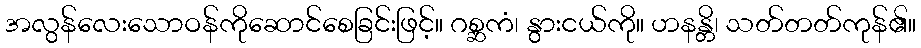
အလွန်လေးသောဝန်ကိုဆောင်စေခြင်းဖြင့်။ ဂစ္ဆကံ၊ နွားငယ်ကို။ ဟနန္တိ၊ သတ်တတ်ကုန်၏။